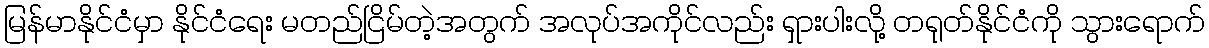
မြန်မာနိုင်ငံမှာ နိုင်ငံရေး မတည်ငြိမ်တဲ့အတွက် အလုပ်အကိုင်လည်း ရှားပါးလို့ တရုတ်နိုင်ငံကို သွားရောက်